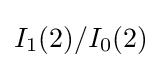
I_{1}(2)/I_{0}(2)